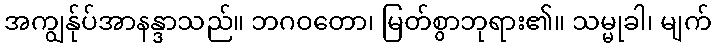
အကျွန်ုပ်အာနန္ဒာသည်။ ဘဂဝတော၊ မြတ်စွာဘုရား၏။ သမ္မုခါ၊ မျက်